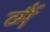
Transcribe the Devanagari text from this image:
व्मैं